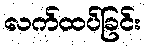
လက်ထပ်ခြင်း